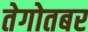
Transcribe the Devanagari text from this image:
तेगोतबर